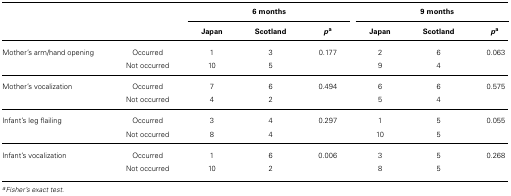
<table><thead><tr><td colspan="2"></td><td colspan="3"><b>6 months</b></td><td colspan="3"><b>9 months</b></td></tr><tr><td colspan="2"></td><td><b>Japan</b></td><td><b>Scotland</b></td><td><b><i>p</i><sup>a</sup></b></td><td><b>Japan</b></td><td><b>Scotland</b></td><td><b><i>p</i><sup>a</sup></b></td></tr></thead><tbody><tr><td>Mother’s arm/hand opening</td><td>Occurred</td><td>1</td><td>3</td><td>0.177</td><td>2</td><td>6</td><td>0.063</td></tr><tr><td></td><td>Not occurred</td><td>10</td><td>5</td><td></td><td>9</td><td>4</td><td></td></tr><tr><td>Mother’s vocalization</td><td>Occurred</td><td>7</td><td>6</td><td>0.494</td><td>6</td><td>6</td><td>0.575</td></tr><tr><td></td><td>Not occurred</td><td>4</td><td>2</td><td></td><td>5</td><td>4</td><td></td></tr><tr><td>Infant’s leg flailing</td><td>Occurred</td><td>3</td><td>4</td><td>0.297</td><td>1</td><td>5</td><td>0.055</td></tr><tr><td></td><td>Not occurred</td><td>8</td><td>4</td><td></td><td>10</td><td>5</td><td></td></tr><tr><td>Infant’s vocalization</td><td>Occurred</td><td>1</td><td>6</td><td>0.006</td><td>3</td><td>5</td><td>0.268</td></tr><tr><td></td><td>Not occurred</td><td>10</td><td>2</td><td></td><td>8</td><td>5</td><td></td></tr></tbody></table>